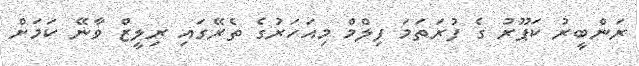
ރަންބީރު ކަޕޫރު ގެ ފުރަތަމަ ފިލްމް މިއަހަރުގެ ތެރޭގައި ރިލީޒް ވާނޭ ކަމަށް